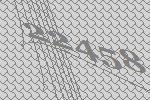
22458